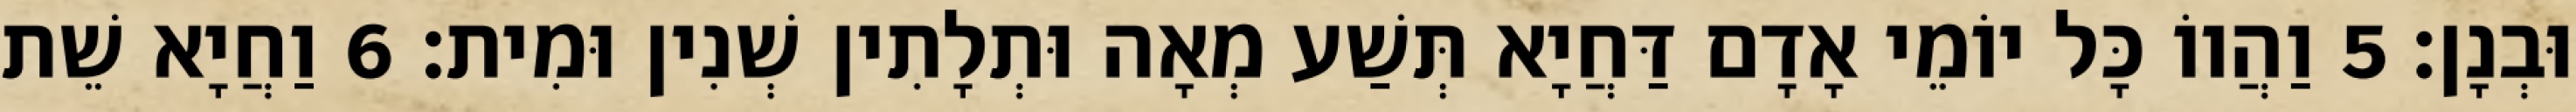
וּבְנָן׃ 5 וַהֲווֹ כָּל יוֹמֵי אָדָם דַּחֲיָא תְּשַׁע מְאָה וּתְלָתִין שְׁנִין וּמִית׃ 6 וַחֲיָא שֵׁת